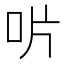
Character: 𠯯